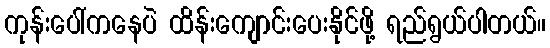
ကုန်းပေါ်ကနေပဲ ထိန်းကျောင်းပေးနိုင်ဖို့ ရည်ရွယ်ပါတယ်။